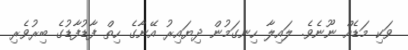
ވަކި މަޑެއް ނޫނެވެ. ލައިލާ ހިނގަމުން ދިޔައިރު އޭނާގެ ހިތް ފާޑުފާޑުގެ ބިރުވެރި